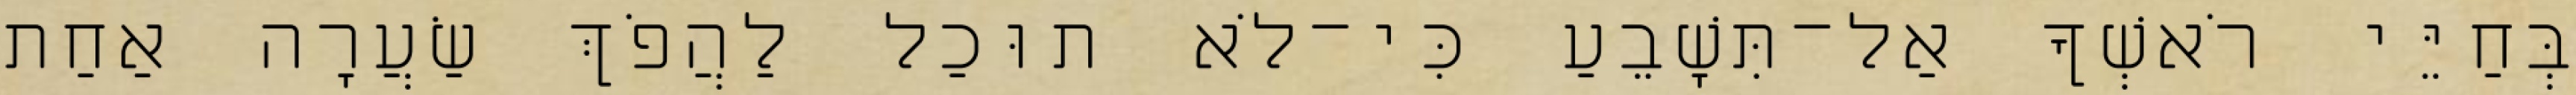
בְּחַיֵּי רֹאשְׁךָ אַל־תִּשָׁבֵעַ כִּי־לֹא תוּכַל לַהֲפֹךְ שַׂעֲרָה אַחַת